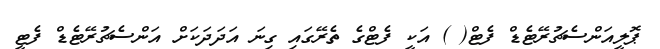
ޕޮލީއަންސެޗުރޭޓެޑް ފެޓް( ) އަކީ ފެޓްގެ ތެރޭގައި ގިނަ އަދަދަކަށް އަންސެޗުރޭޓެޑް ފެޓީ